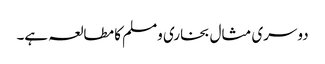
دوسری مثال بخاری ومسلم کا مطالعہ ہے۔